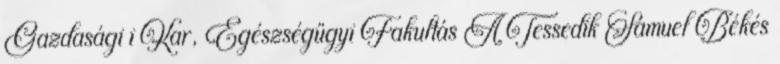
Gazdasági i Kar, Egészségügyi Fakultás A Tessedik Sámuel Békés